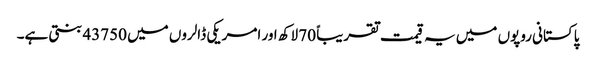
پاکستانی روپوں میں یہ قیمت تقریباً 70 لاکھ اور امریکی ڈالروں میں 43750 بنتی ہے۔